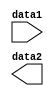
////AVERAGE POLING
module Average_Pooling(data1, data2);
    parameter DATA1_ROW = 24,
        DATA1_COLUMN = 24,
        DATA2_ROW = 12,
        DATA2_COLUMN = 12,
        FP_LENGTH = 16;
    
    input [DATA1_ROW*DATA1_COLUMN*FP_LENGTH - 1:0] data1;
    output [DATA2_ROW*DATA2_COLUMN*FP_LENGTH - 1:0] data2;
    
    
endmodule